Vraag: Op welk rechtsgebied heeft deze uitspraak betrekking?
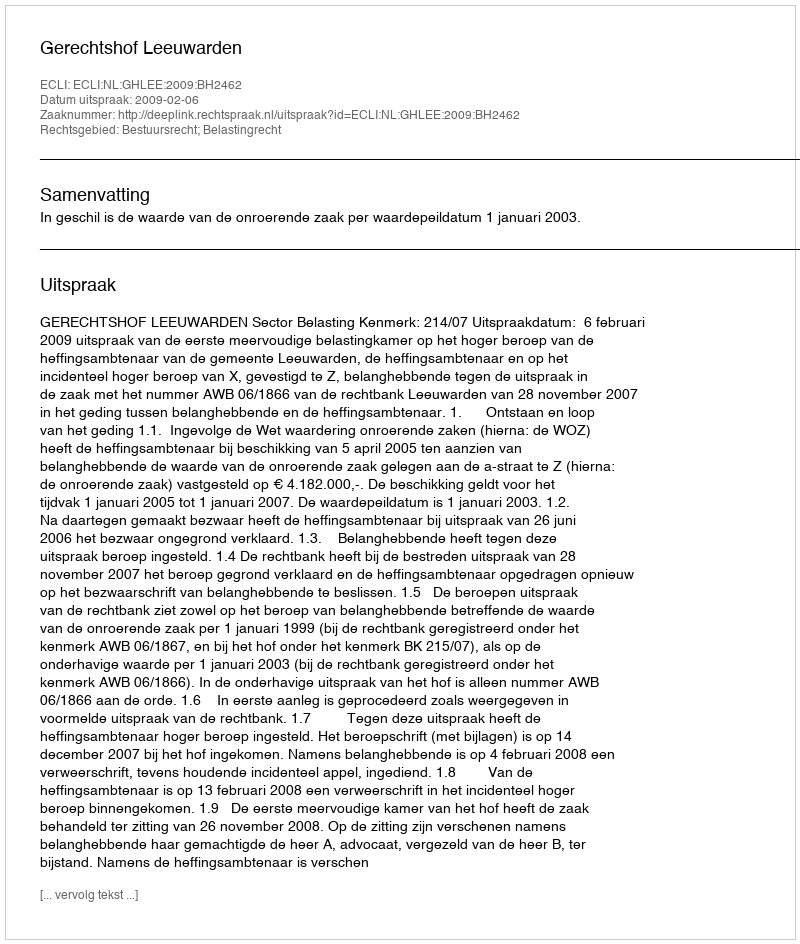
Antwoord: Bestuursrecht; Belastingrecht